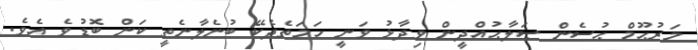
މަރުޙޫމް ޙުސެން ޞަލާޙުއްދީން ވިދާޅު ވަނީ ހަމަތެދެކޭ ބުނެލާނެތީ ކަން ބޮޑުވެ އެވެ.